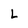
Character: L